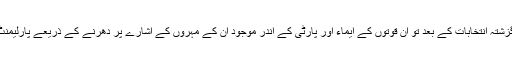
انہی قوتوں کے لائے ہوئے روایتی مہروں کو پارٹی کا والی وارث بنایا اور گزشتہ انتخابات کے بعد تو ان قوتوں کے ایماء اور پارٹی کے اندر موجود ان کے مہروں کے اشارے پر دھرنے کے ذریعے پارلیمنٹ پر حملے اور سول نافرمانی جیسے غیرجمہوری اقدامات تک پر تیار ہوئے۔